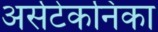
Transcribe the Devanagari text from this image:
अर्सटेकनिका